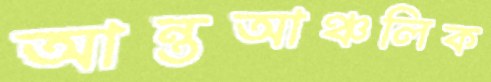
আন্তআঞ্চলিক